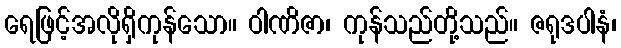
ရေဖြင့်အလိုရှိကုန်သော။ ဝါဏိဇာ၊ ကုန်သည်တို့သည်။ ဇရုဒပါနံ၊